Leaving Certificate Examination (including Day School Certificate (Higher) General paper), 1930
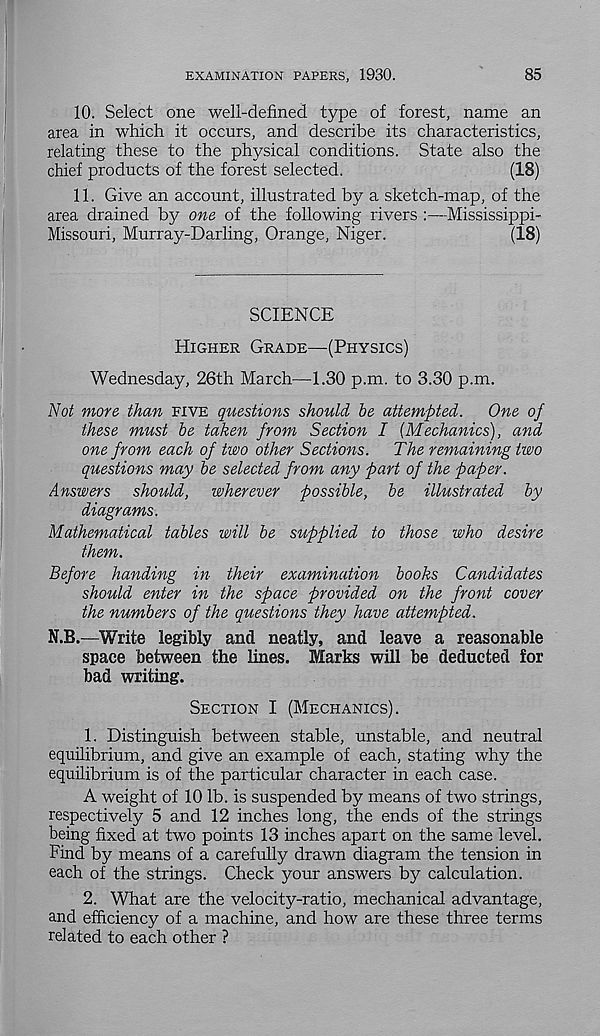
EXAMINATION PAPERS, 1930.
85
10. Select one well-defined type of forest, name an
area in which it occurs, and describe its characteristics,
relating these to the physical conditions. State also the
chief products of the forest selected.
(18)
11. Give an account, illustrated by a sketch-map, of the
area drained by one of the following rivers :—Mississippi-
Missouri, Murray-Darling, Orange, Niger.
(18)
SCIENCE
Higher Grade—(Physics)
Wednesday, 26th March—1.30 p.m. to 3.30 p.m.
Not more than five questions should be attempted.
One of
these must be taken from Section I [Mechanics), and
one from each of two other Sections.
The remaining two
questions may be selected from any part of the paper.
Answers should, wherever possible, be illustrated by
diagrams.
Mathematical tables will be supplied to those who desire
them.
Before handing in their examination books Candidates
should enter in the space provided on the front cover
the numbers of the questions they have attempted.
N.B.—Write legibly and neatly, and leave a reasonable
space between the lines. Marks will be deducted for
bad writing.
Section I (Mechanics).
1. Distinguish between stable, unstable, and neutral
equilibrium, and give an example of each, stating why the
equilibrium is of the particular character in each case.
A weight of 10 lb. is suspended by means of two strings,
respectively 5 and 12 inches long, the ends of the strings
being fixed at two points 13 inches apart on the same level.
Find by means of a carefully drawn diagram the tension in
each of the strings. Check your answers by calculation.
2. What are the velocity-ratio, mechanical advantage,
and efficiency of a machine, and how are these three terms
related to each other ?